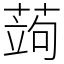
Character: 蒟